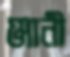
ঞ্জানী